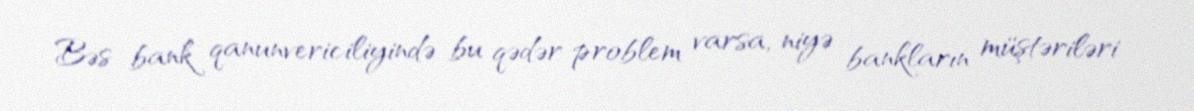
Bəs bank qanunvericiliyində bu qədər problem varsa, niyə bankların müştəriləri